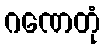
ဂဏေတုံ